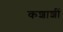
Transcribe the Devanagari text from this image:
कशाशीं